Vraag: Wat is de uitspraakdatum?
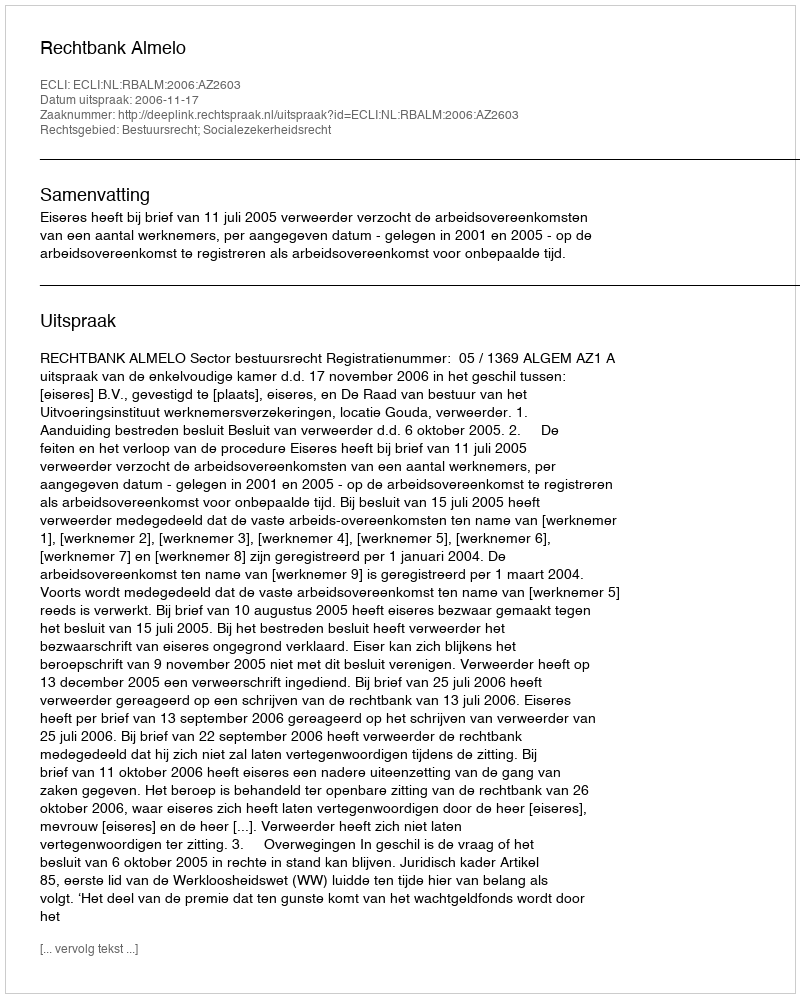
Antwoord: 2006-11-17